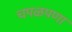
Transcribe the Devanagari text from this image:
चपळपणा